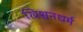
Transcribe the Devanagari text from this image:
ख्रिश्चनधर्म